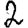
Digit: 2